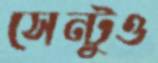
সেন্টুও